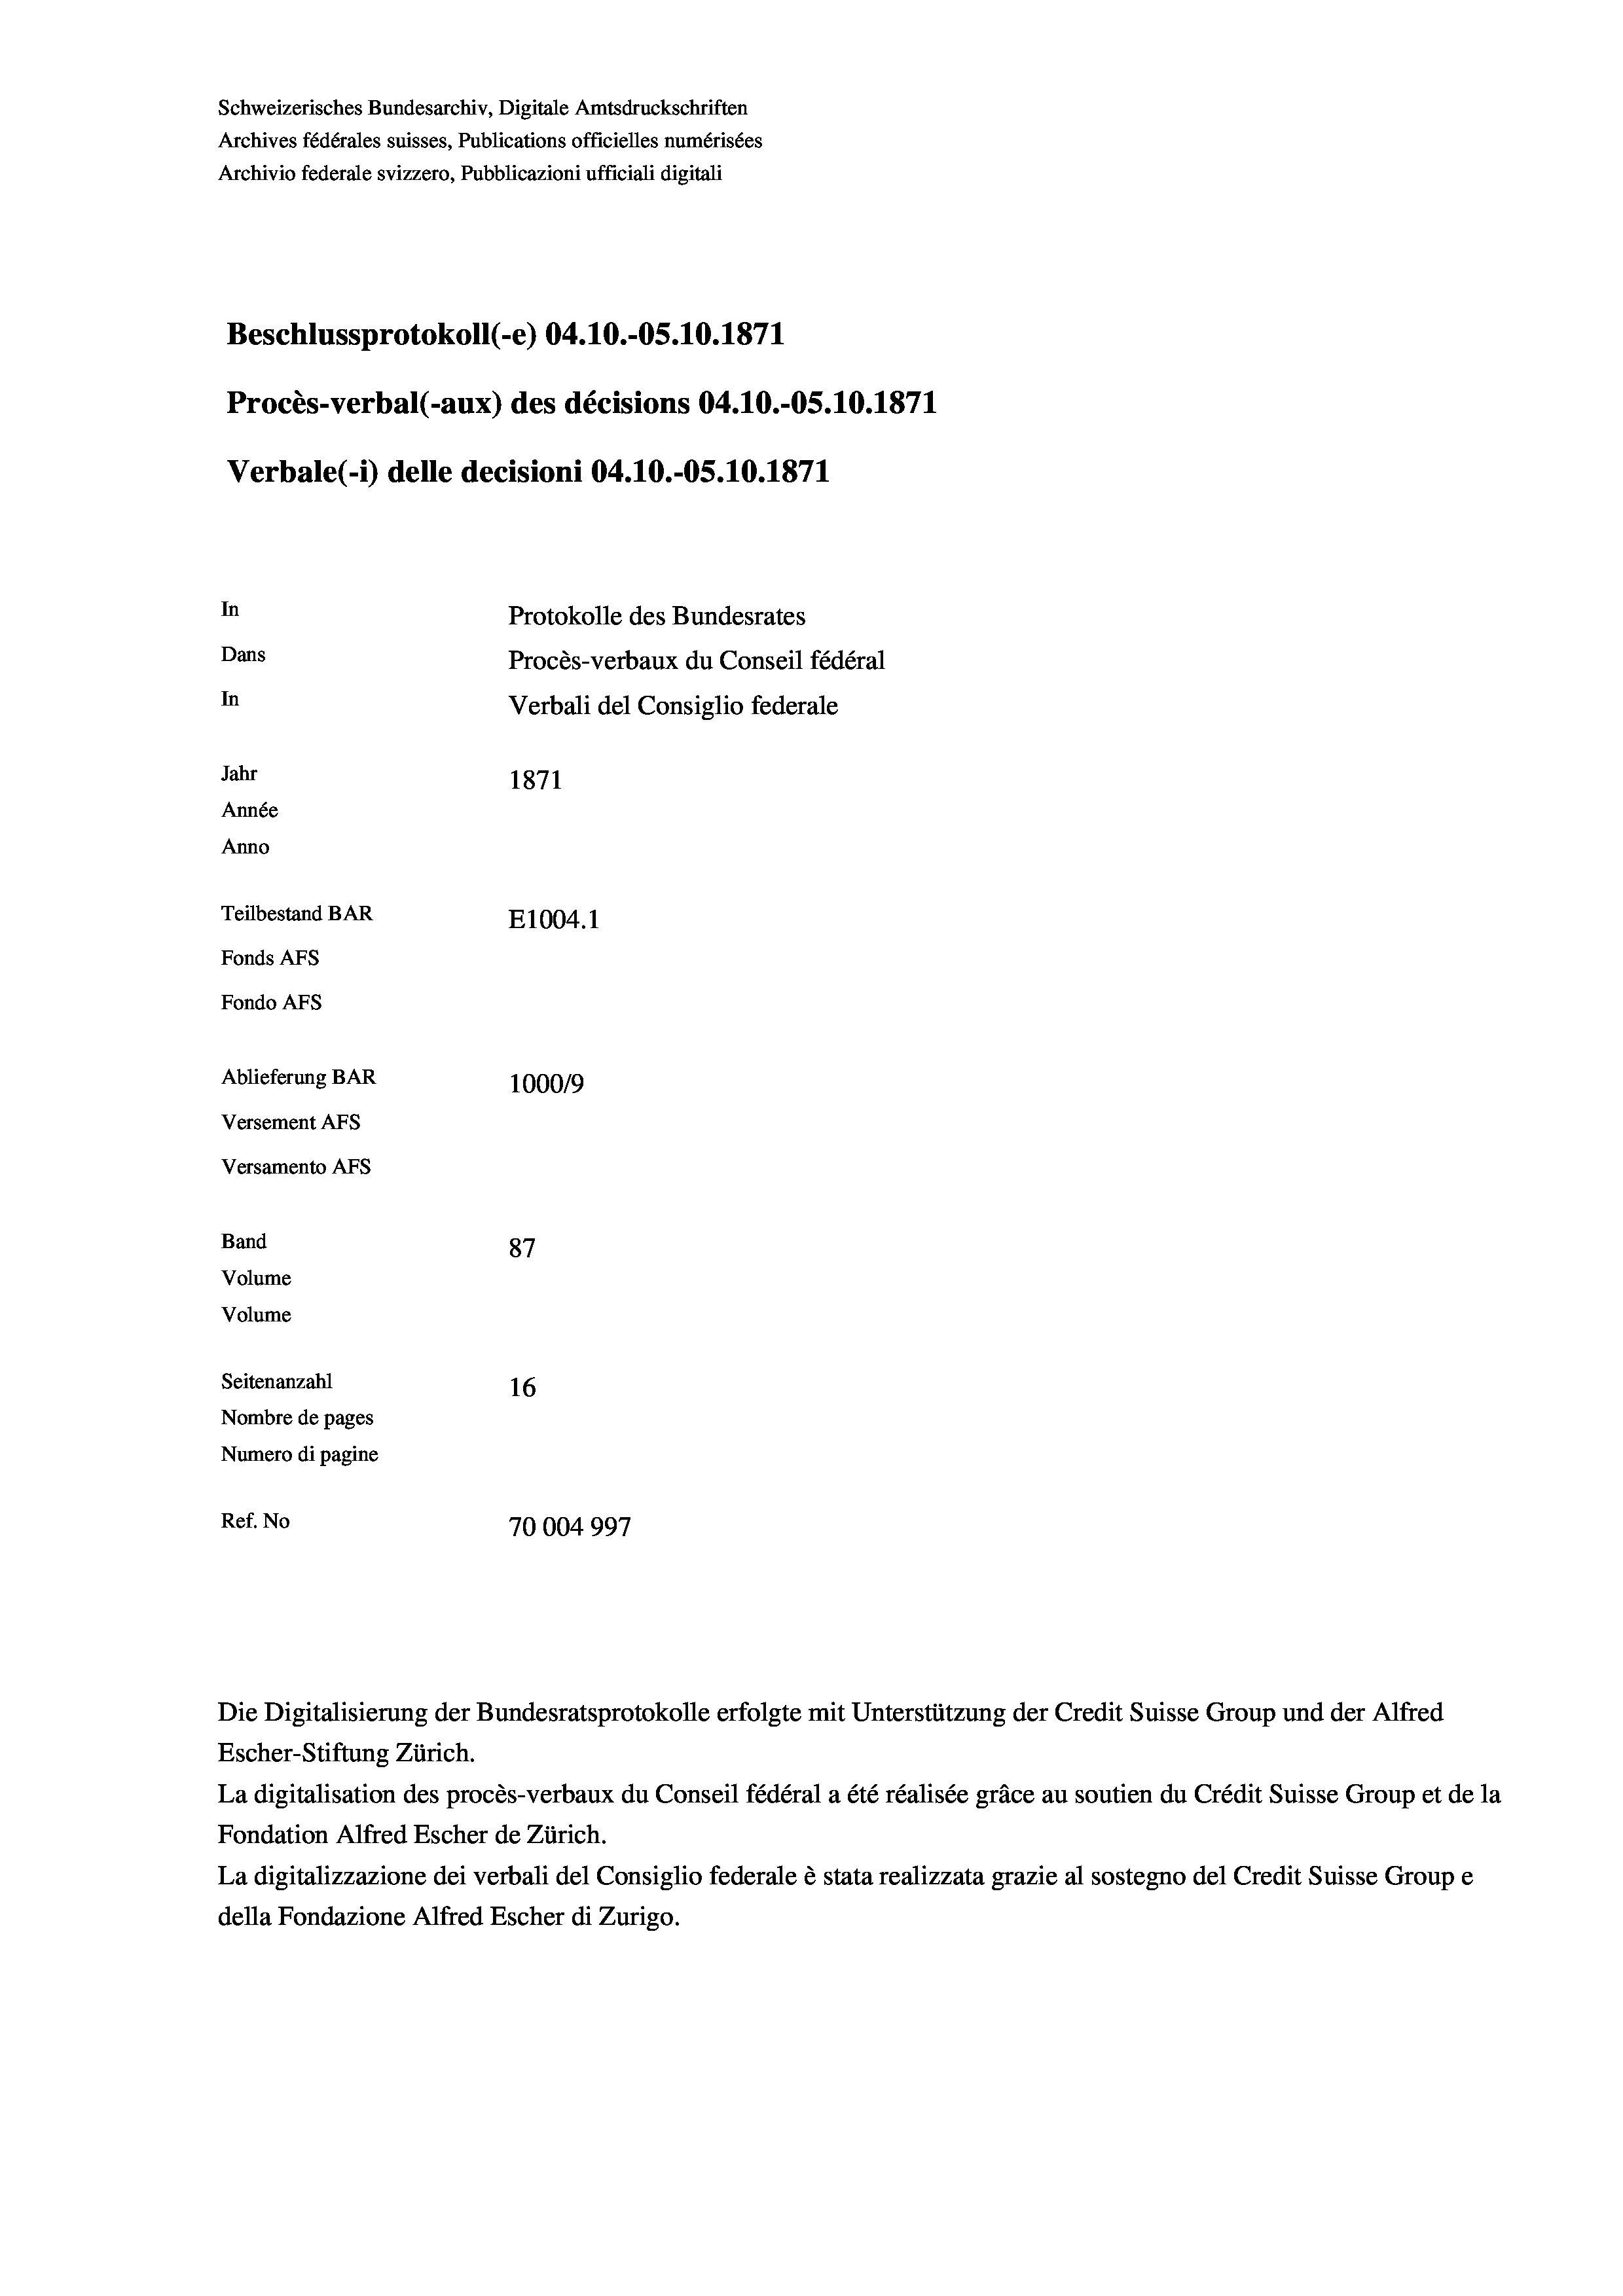
Schweizerisches Bundesarchiv, Digitale Amtsdruckschriften
Archives fédérales suisses, Publications officielles numérisées
Archivio federale svizzero, Pubblicazioni ufficiali digitali
Beschlussprotokoll (-e) 04.10.-05.10.1871
Procès-verbal (-aux) des décisions 04.10.-OS.10.1871
Verbale (- 1) delle decisioni 04.10.-OS. 10. 1871
In
Protokolle des Bundesrates
Dans
Procès-verbaux du Conseil fédéral
In
Verbali del Consiglio federale
Jahr
1871
Année
Anno
Teilbestand BAR
E1004. 1
Fonds AFs
Fondo AFS
Ablieferung BAR
100019
Versement AFs
Versamento Afs
Band
87
Volume
Volume
Seitenanzahl
16
Nombre de pages
Numero di pagine
Ref. No
70004997

Escher-Stiftung Zürich.
La digitalisation des procès-verbaux du Conseil fédéral a été réalisée gräce au soutien du Crédit Suisse Group et de la
Fondation Alfred Escher de Zürich.
La digitalizzazione dei verbali del Consiglio federale è stata realizzata grazie al sostegno del Credit Suisse Groupe
della Fondazione Alfred Escher di Zurigo.

Die Digitalisierung der Bundesratsprotokolle erfolgte mit Unterstützung der Credit Suisse Group und der Alfred